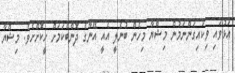
އަޅުވައި ވިކައިގަންނަމުން މިޝްޔާ މިހެން ބުނެލީ އެއީ އޭނާގެ ދޮންބެކަމަށް ހީކޮށްށެވެ. މިޝްޔާ